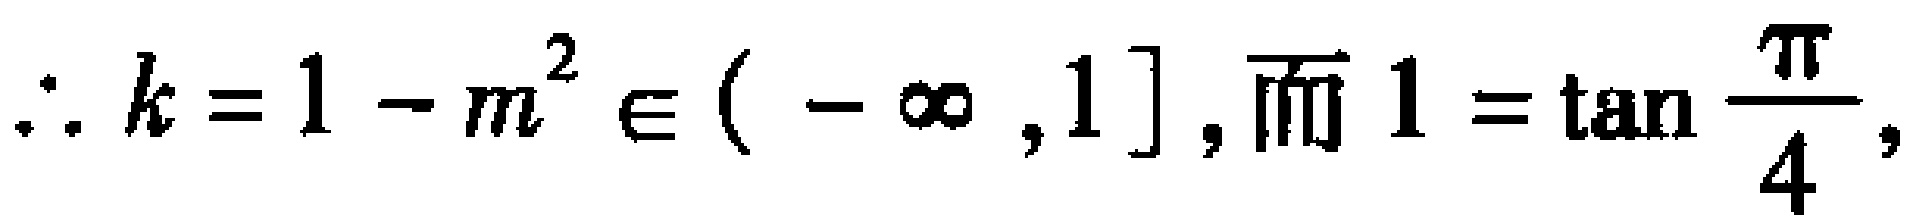
\(\therefore k = 1 - m^{2} \in (-\infty,1],\ 而 1=\tan\frac{\pi}{4},\)